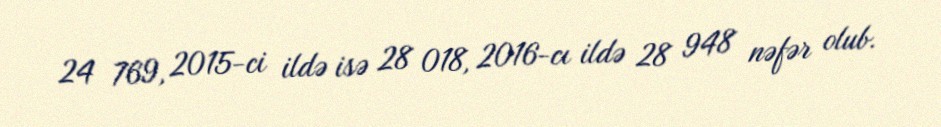
24 769, 2015-ci ildə isə 28 018, 2016-cı ildə 28 948 nəfər olub.